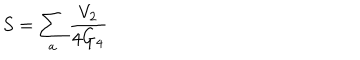
S = \sum _ { a } \frac { V _ { 2 } } { 4 G _ { 4 } }